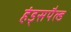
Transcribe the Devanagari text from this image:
हंड्सपैल्ड